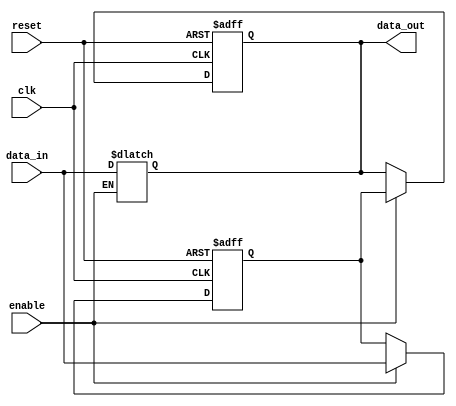
module event_control_example (
    input wire clk,          // Clock signal
    input wire reset,        // Reset signal
    input wire enable,       // Enable signal
    input wire [3:0] data_in,// 4-bit input data
    output reg [3:0] data_out // 4-bit output data
);

// Internal state variable
reg [3:0] internal_state;

// Always block sensitive to the rising edge of clk or the negation of reset
always @(posedge clk or negedge reset) begin
    if (!reset) begin
        // Asynchronous reset
        internal_state <= 4'b0000;
        data_out <= 4'b0000;
    end else if (enable) begin
        // Update internal state and output on enable
        internal_state <= data_in;
        data_out <= internal_state;
    end
end

// Another always block sensitive to changes in data_in
always @(data_in) begin
    // This block executes whenever data_in changes
    if (enable) begin
        // Update output based on the new data_in value
        data_out <= data_in;
    end
end

endmodule